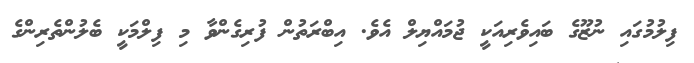
ފިލުމުގައި ނުޒޫގެ ބައިވެރިއަކީ ޖުމައްޔިލް އެވެ. އިބްރަތުން ފުރިގެންވާ މި ފިލްމަކީ ބެލުންތެރިންގެ